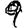
Digit: 9